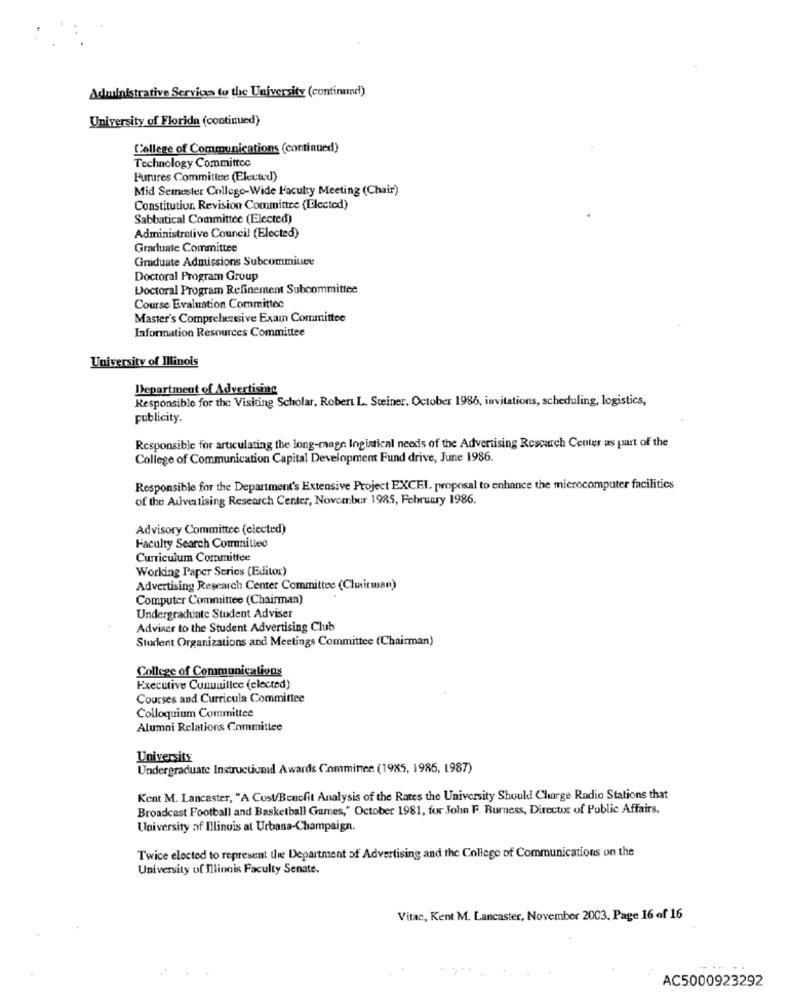
Administrative Services to the University (continue!)
University of Florida (continued)
College of Communications (continued)
Technology Committee
Furures Committee (Elected)
Mid Semester College-Wide Faculty Meeting (Chair)
Constitution. Revision Committee (Elected)
Sabbatical Committee (Elected)
Administrative Council (Elected)
Graduate Committee
Graduate Admissions Subcommiure
Doctoral Program Group
Doctoral Program Refinement Subcommittee
Course Evaluation Committee
Master's Comprehensive Exain Committee
Information Resources Committee
University of Illinois
Department of Advertising
Responsible for the Visiting Scholar, Robert L. Steiner. October 1986, invitations, scheduling, logistics,
publicity.
Responsible for articulating the long-range Ingistical needs of the Advertising Research Center as part of the
College of Communication Capital Development Fund drive, June 1986.
Responsible for the Department's Extensive Project EXCEL. proposal to enhance the microcomputer facilities
of the Advertising Research Center, November 1985, February 1986.
Advisory Committee (elected)
Faculty Search Comunitleo
Curriculum Committee
Working Paper Series (Editor)
Advertising Research Center Committee (Chairman)
Computer Committee (Chairman)
Undergraduate Student Adviser
Adviser to the Student Advertising Club
Student Organizations and Meetings Committee (Chairman)
College of Communications
Executive Cumuuillec (elected)
Courses and Curricula Committee
Colloquium Committee
Alumni Relations Committee
University
Undergraduate Instructional Awards Committee (1985, 1986, 1987)
Kent M. Lancaster, "A Cost/Benefit Analysis of the Rates the University Should Charge Radio Stations that
Broadcast Football and Basketball Games," October 1981, for John F. Burness, Director of Public Affairs.
University of Illinois at Urbana-Champaign.
Twice elected to represent the Department of Advertising and the College of Communications on the
University of Illinois Faculty Senate.
Vitac, Kent M. Lancaster, November 2003. Page 16 of 16
AC5000923292